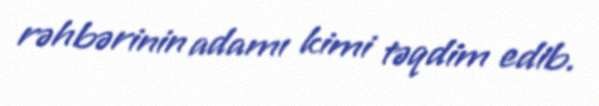
rəhbərinin adamı kimi təqdim edib.